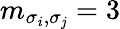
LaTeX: m_{\sigma_{i},\sigma_{\mathit{j}}}=3